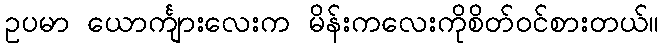
ဥပမာ ယောင်္ကျားလေးက မိန်းကလေးကိုစိတ်၀င်စားတယ်။